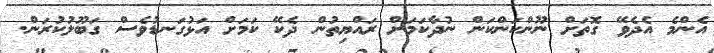
އެންމެ އެދެވޭ ގޮތަށް ނޫންކަންކަން ނުދާކަމަށް ރައްޔިތުން ދެކޭ ކަމަށް އަޅުގަނޑުވެސް ގަބޫލުކުރަން.